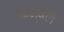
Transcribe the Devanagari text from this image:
किम्बेल